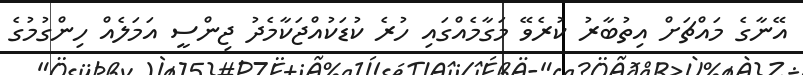
އޭނާގެ މައްޗަށް އިތުބާރު ކުރެވޭ މަގާމެއްގައި ހުރެ ކުޑަކުއްޖަކާމެދު ޖިންސީ އަމަލެއް ހިންގުމުގެ